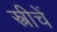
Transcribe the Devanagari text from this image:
स्त्रीचें